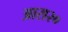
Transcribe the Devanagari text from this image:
आस२०